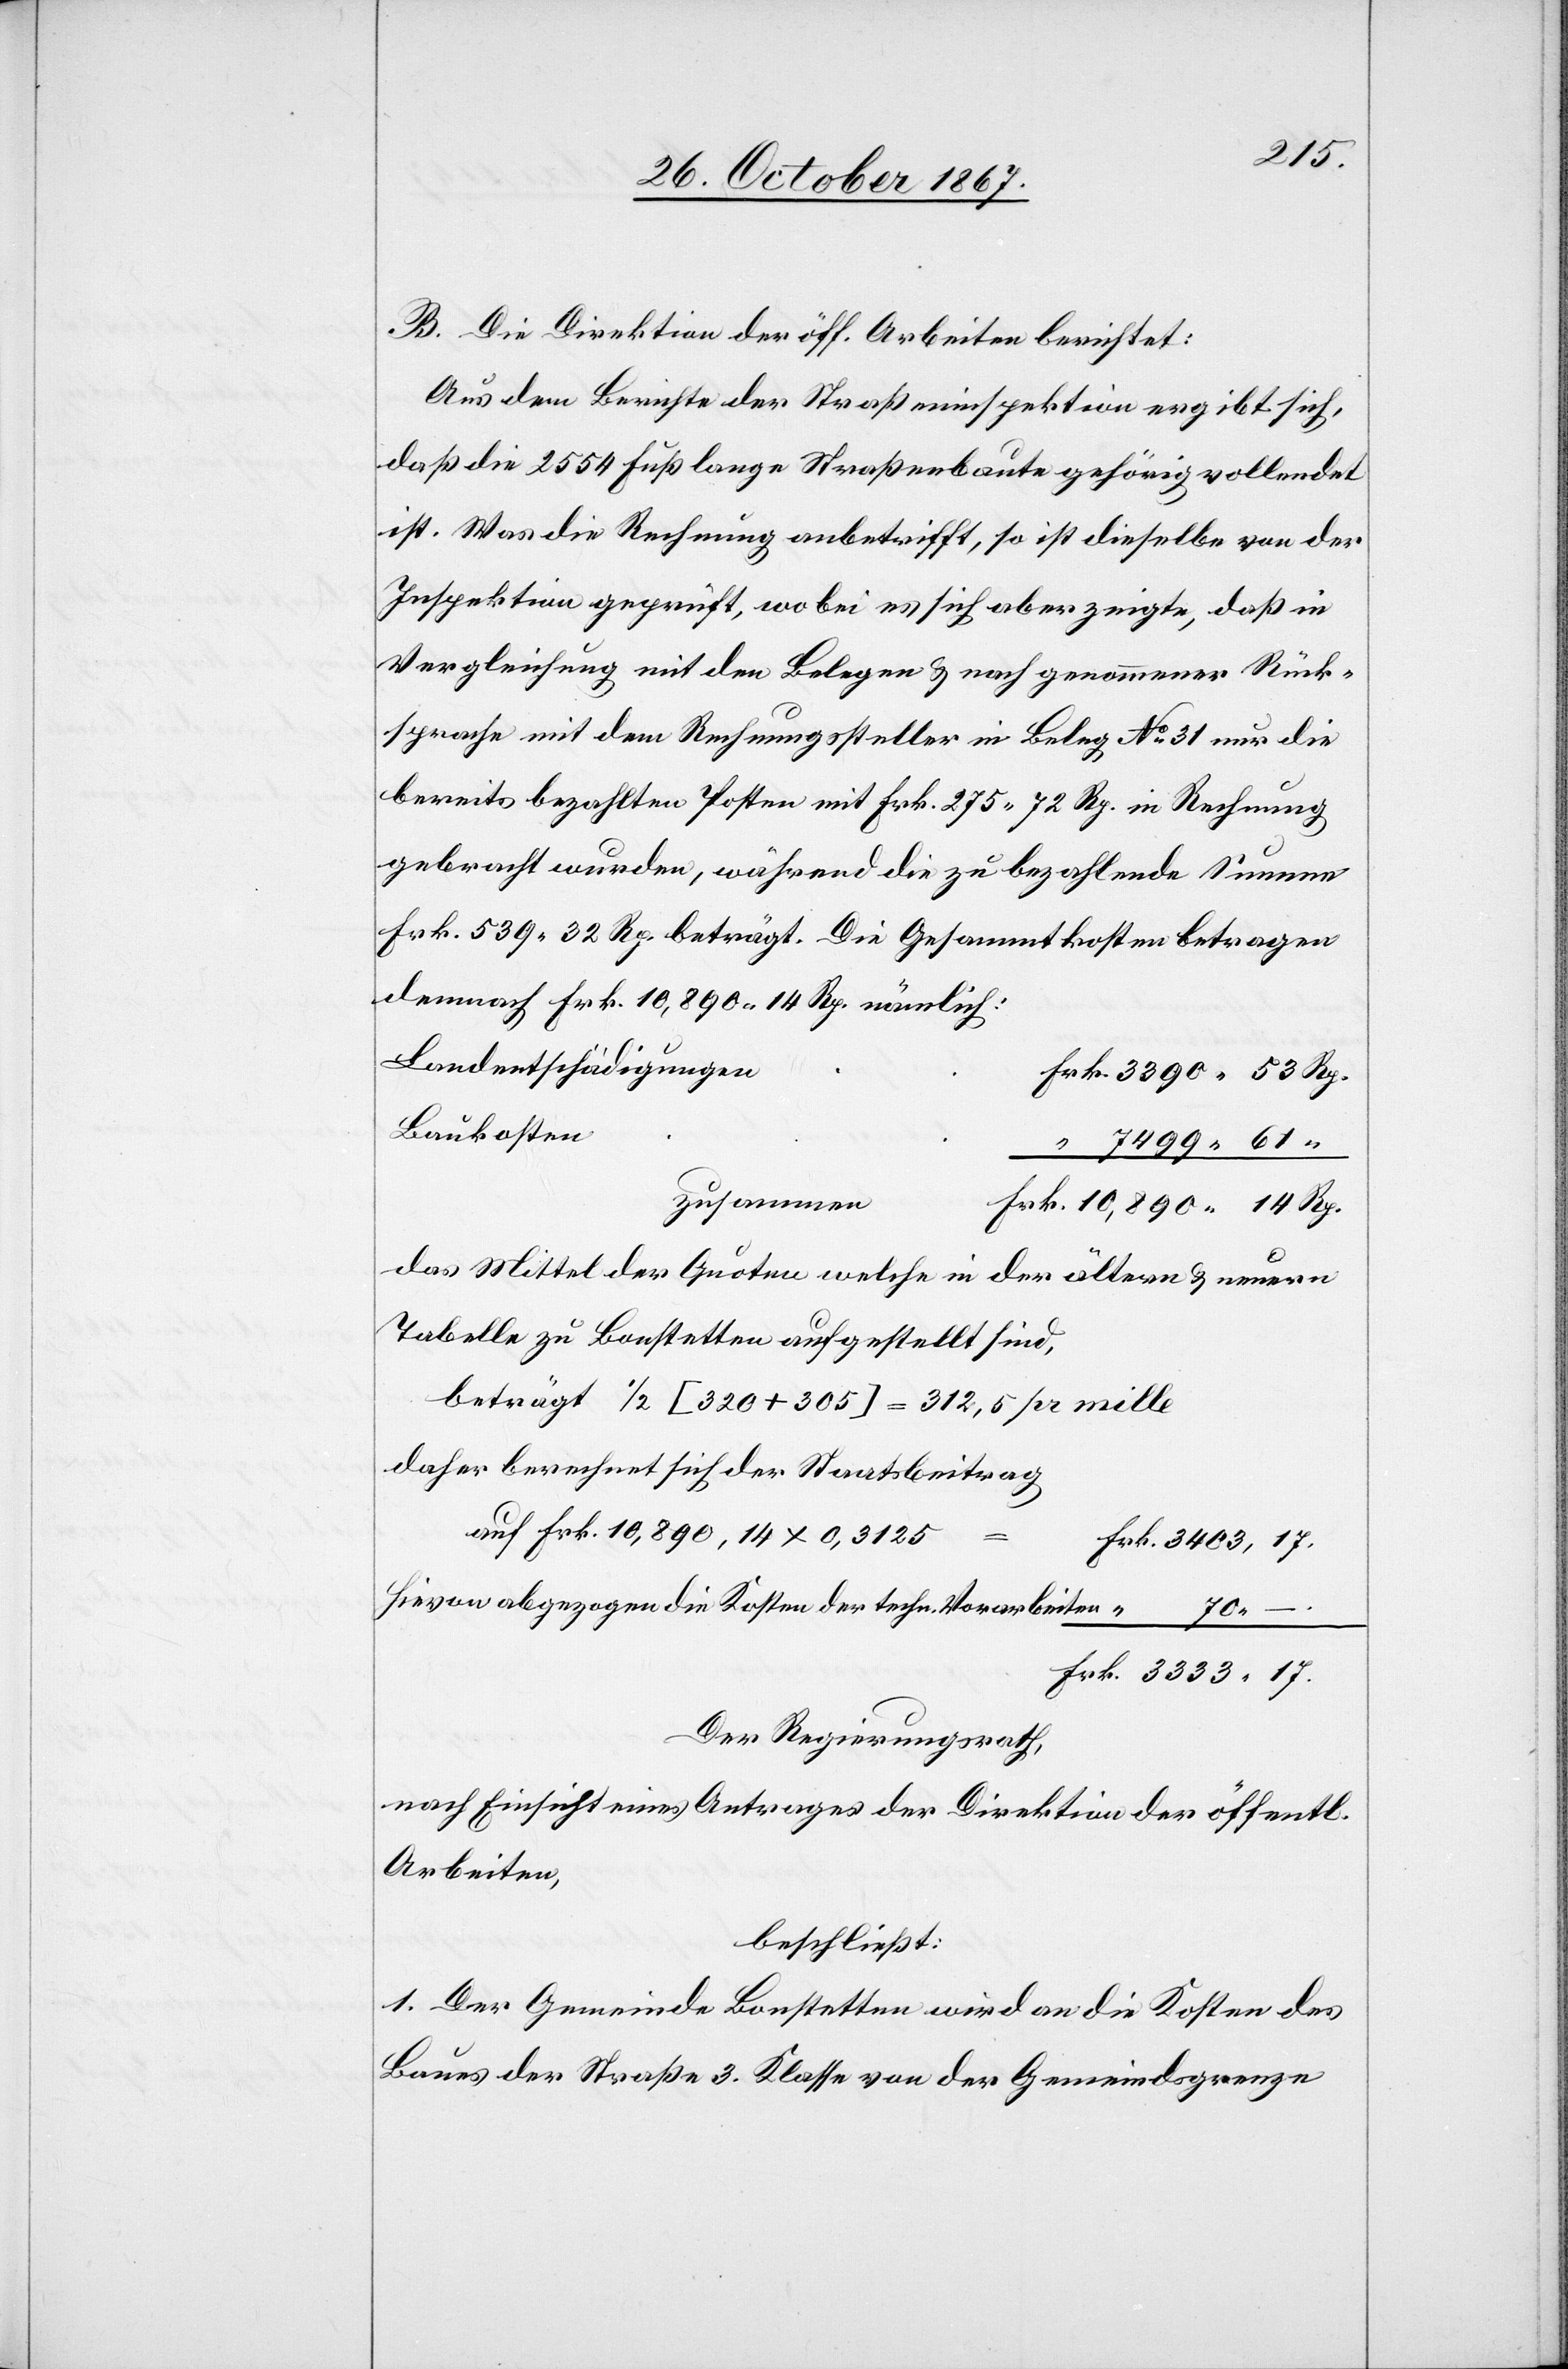
17.
B. Die Direktion der öff. Arbeiten berichtet:
Aus dem Berichte der Straßeninspektion ergibt sich,
daß die 2554 Fuß lange Straßenbaute gehörig vollendet
ist. Was die Rechnung anbetrifft, so ist dieselbe von der
Inspektion geprüft, wobei es sich aber zeigte, daß in
Vergleichung mit den Belegen u. nach genommener Rück¬
sprache mit dem Rechnungssteller im Beleg No 31 nur die
bereits bezahlten Posten mit Frk. 275.73 Rp. in Rechnung
Frk. 539.32 Rp. beträgt. Die Gesammtkosten betragen
demnach Frk. 10 890.14 Rp. nämlich:
Landentschädigung
Baukosten
zusammen
das Mittel der Quoten welche in der ältern u. neuern
Tabelle zu Bonstetten aufgestellt sind,
beträgt ½ [320+305] = 312,5 pr mille
daher berechnet sich der Staatsbeitrag
–.
auf Frk. 10 890,14 x 0,2125
hievon abgezogen die Kosten der techn. Vorarbeiten
Der Regierungsrath,
nach Einsicht eines Antrages der Direktion der öff.
Arbeiten,
beschließt:
1. Der Gemeinde Bonstetten wird an die Kosten des
Baues der Straße 3. Klasse von der Gemeindsgrenze